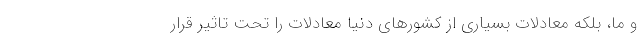
و ما، بلکه معادلات بسیاری از کشورهای دنیا معادلات را تحت تاثیر قرار